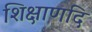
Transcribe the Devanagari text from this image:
शिक्षाणदि